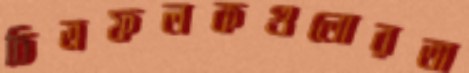
চিত্রফলকগুলোরতা